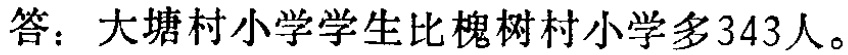
答：大塘村小学学生比槐树村小学多343人。